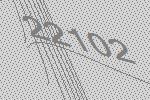
22102